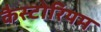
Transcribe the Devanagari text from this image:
कैस्टोरियम